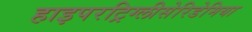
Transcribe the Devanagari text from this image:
हाइपरट्रिग्लीसेरिडेमिया